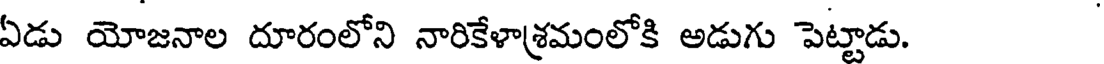
ఏడు యోజనాల దూరంలోని నారికేళాశ్రమంలోకి అడుగు పెట్టాడు.